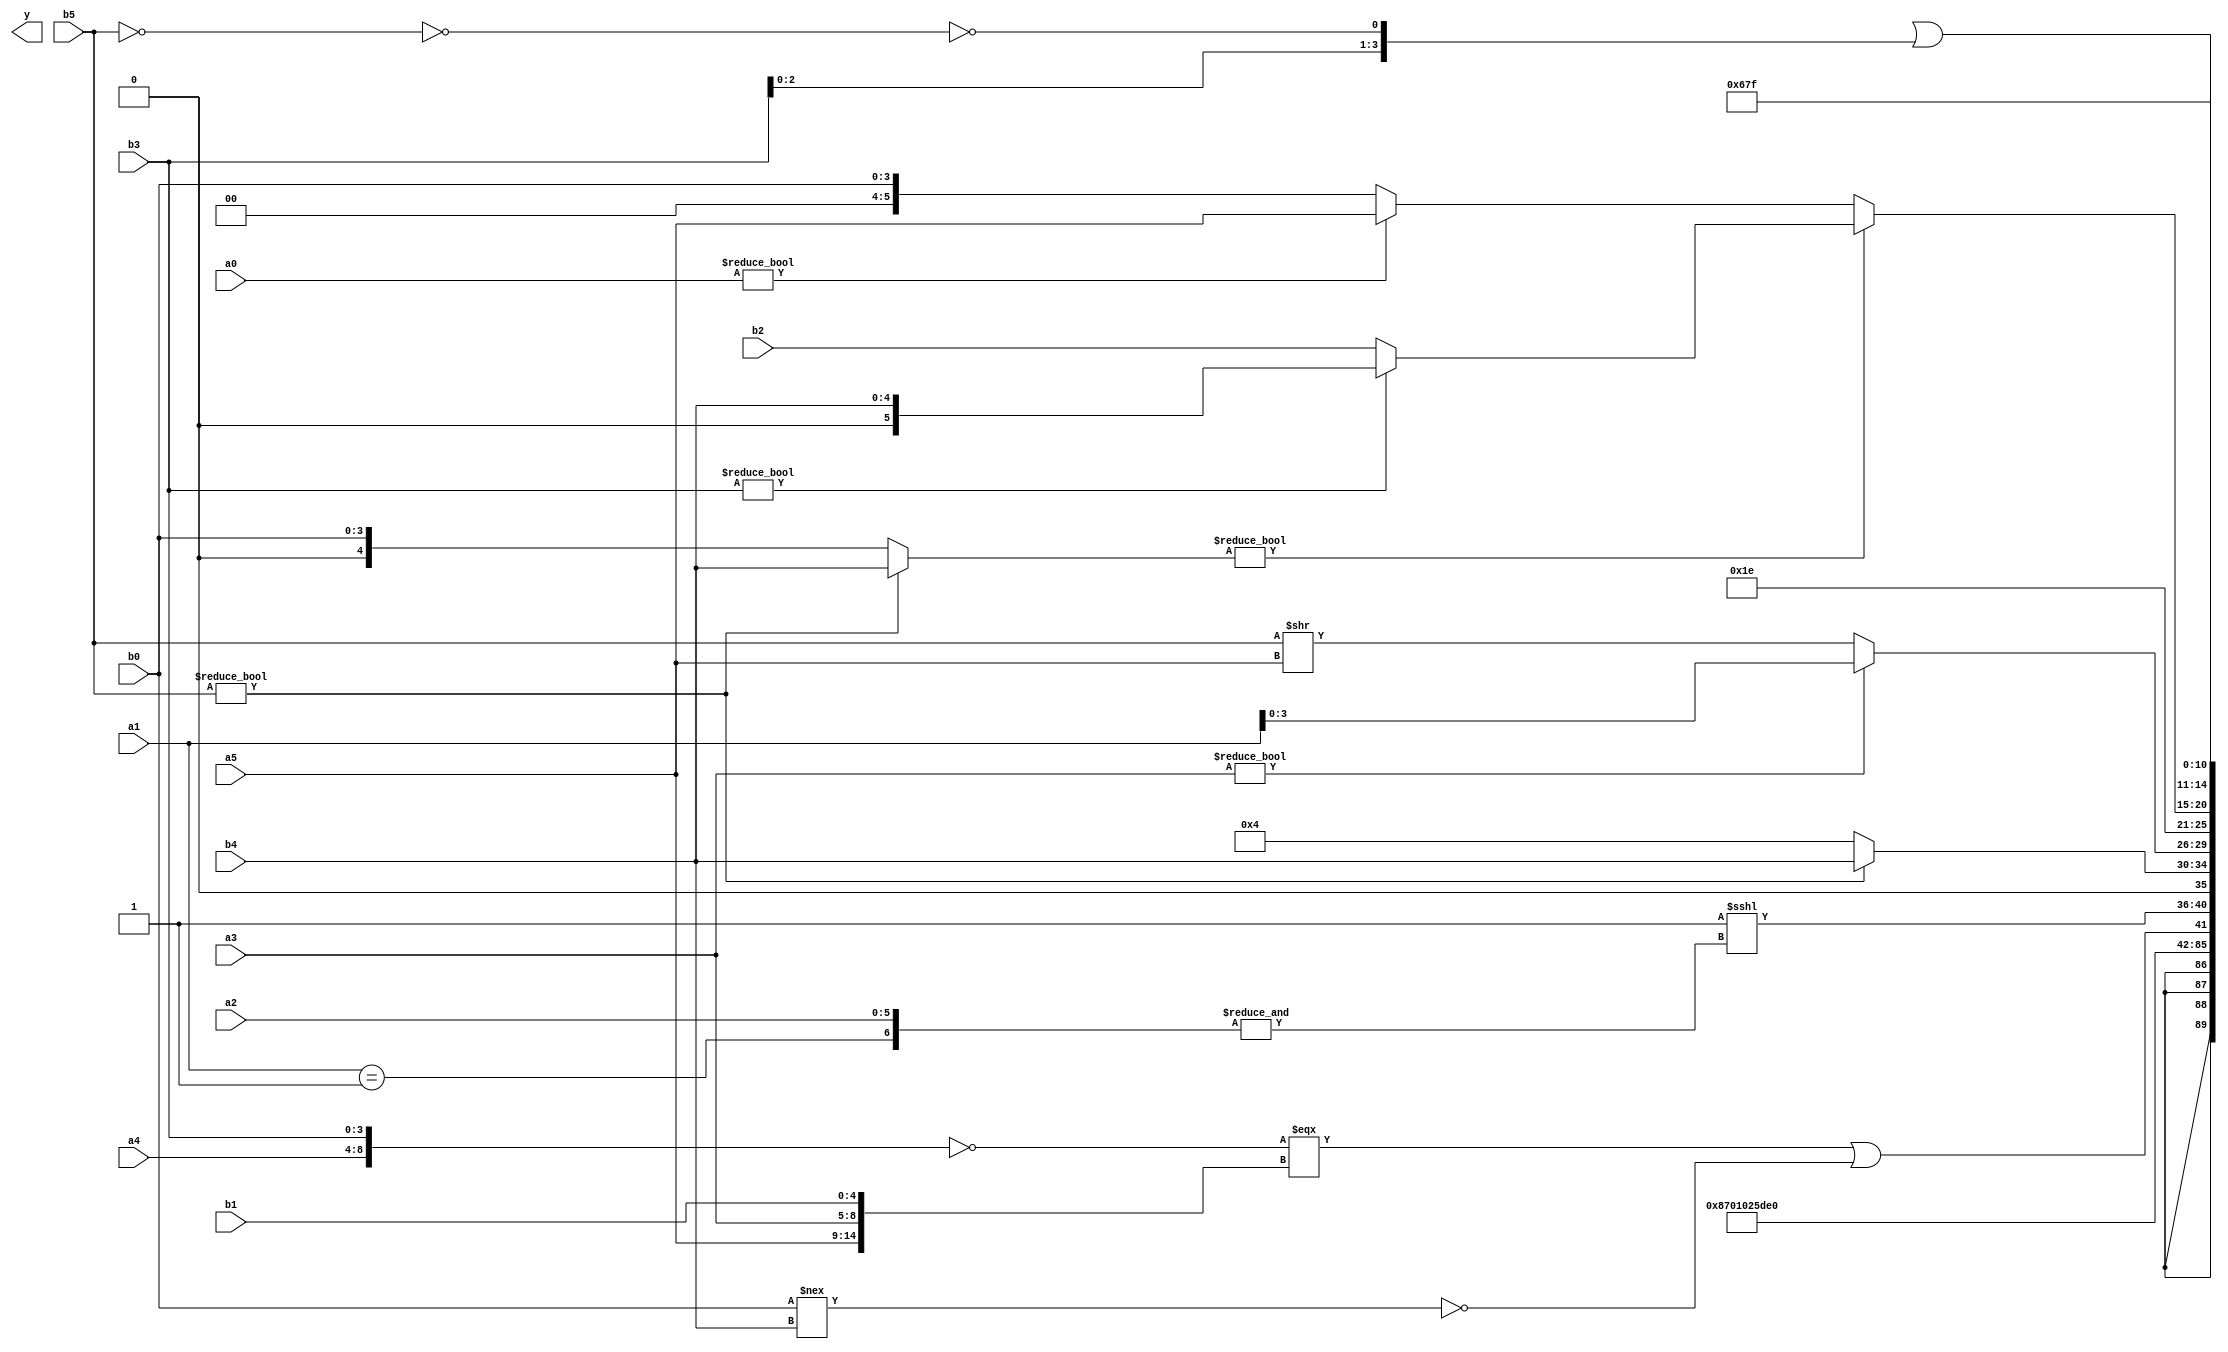
module expression_00810(a0, a1, a2, a3, a4, a5, b0, b1, b2, b3, b4, b5, y);
  input [3:0] a0;
  input [4:0] a1;
  input [5:0] a2;
  input signed [3:0] a3;
  input signed [4:0] a4;
  input signed [5:0] a5;

  input [3:0] b0;
  input [4:0] b1;
  input [5:0] b2;
  input signed [3:0] b3;
  input signed [4:0] b4;
  input signed [5:0] b5;

  wire [3:0] y0;
  wire [4:0] y1;
  wire [5:0] y2;
  wire signed [3:0] y3;
  wire signed [4:0] y4;
  wire signed [5:0] y5;
  wire [3:0] y6;
  wire [4:0] y7;
  wire [5:0] y8;
  wire signed [3:0] y9;
  wire signed [4:0] y10;
  wire signed [5:0] y11;
  wire [3:0] y12;
  wire [4:0] y13;
  wire [5:0] y14;
  wire signed [3:0] y15;
  wire signed [4:0] y16;
  wire signed [5:0] y17;

  output [89:0] y;
  assign y = {y0,y1,y2,y3,y4,y5,y6,y7,y8,y9,y10,y11,y12,y13,y14,y15,y16,y17};

  localparam [3:0] p0 = (((3'sd3)>>(-3'sd1))>>>((2'd2)+(-3'sd2)));
  localparam [4:0] p1 = ({(4'd12),(4'd9),(-4'sd3)}==((-5'sd5)?(4'd11):(4'sd0)));
  localparam [5:0] p2 = (~(~|((-4'sd2)>>(^(4'sd4)))));
  localparam signed [3:0] p3 = (~|((5'sd14)||(3'd5)));
  localparam signed [4:0] p4 = (~&(&{(|(~(|(4'sd2)))),((-3'sd0)?(3'sd2):(4'sd3)),{(2'd2),(-4'sd3),(3'd4)}}));
  localparam signed [5:0] p5 = (~&{{2{(4'd3)}},{3{(5'sd14)}},{4{(4'd9)}}});
  localparam [3:0] p6 = (((2'sd0)/(-2'sd0))?((2'd0)>(5'd9)):((-4'sd4)+(2'd1)));
  localparam [4:0] p7 = (3'd2);
  localparam [5:0] p8 = (^{4{((4'd10)||(4'sd0))}});
  localparam signed [3:0] p9 = ({4{(-5'sd15)}}==={2{(4'd4)}});
  localparam signed [4:0] p10 = ((-5'sd3)|(-3'sd3));
  localparam signed [5:0] p11 = ((((2'sd1)|(3'd1))>=(~((-4'sd3)==(3'sd2))))<<<((-((3'd6)^(-2'sd0)))==={1{{3{(3'd1)}}}}));
  localparam [3:0] p12 = ((|({3{(-3'sd2)}}==((-4'sd4)>>>(5'd23))))+{4{{2{(5'd22)}}}});
  localparam [4:0] p13 = (~&(~^{1{((^(2'd0))-{2{(5'd31)}})}}));
  localparam [5:0] p14 = (((!(5'sd9))<<(~^((4'd6)^(5'd1))))>{1{(^(2'd2))}});
  localparam signed [3:0] p15 = ((2'd1)<=(-2'sd0));
  localparam signed [4:0] p16 = (4'd11);
  localparam signed [5:0] p17 = (~(-5'sd12));

  assign y0 = (-{4{(-{a5,p6,a3})}});
  assign y1 = (2'sd1);
  assign y2 = {2{(~(&p4))}};
  assign y3 = (((2'd1)?(5'd8):$unsigned(a2)));
  assign y4 = ({4{(!a3)}}!==(-5'sd10));
  assign y5 = (2'd0);
  assign y6 = (4'd9);
  assign y7 = (5'd14);
  assign y8 = (((-4'sd4)));
  assign y9 = {(!(~|({(+((!{a4,b3})==={a5,a3,b1}))}||(^(~|{(-p11),(&p8),(b0!==b4)})))))};
  assign y10 = (+((~&((p15|p14)>((&p2))))<<<(&$signed({(a1==p5),(a2>>p14)}))));
  assign y11 = ($signed(b5)?$unsigned(b4):(4'sd4));
  assign y12 = ((a3)?$unsigned(a1):(b5>>a5));
  assign y13 = (5'd30);
  assign y14 = ((b5?b4:b0)?(b3?b4:b2):(a0?a5:b0));
  assign y15 = (((!((~&b3)>>{p16,p6}))>(~^((p13)&(b0&p8))))|{$unsigned({a0,a4,b3}),(!((~b5)==(p12&p1)))});
  assign y16 = (-4'sd7);
  assign y17 = {p7,b4,p2};
endmodule